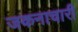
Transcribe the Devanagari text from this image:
जकनाचारी